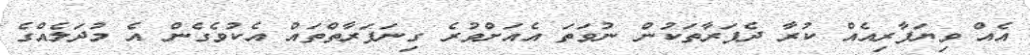
އެއް ވިޔަފާރިއެއް ކުރާ ދެފަރާތަކުން ނުވަތަ އެއަށްވުރެ ގިނަފަރާތްތައް އެކުވެގެން އެ މުދަލެއްގެ